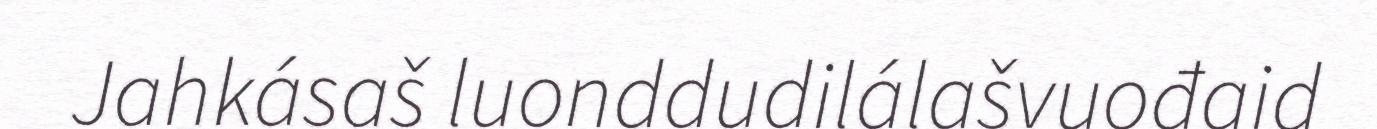
Jahkásaš luonddudilálašvuođaid